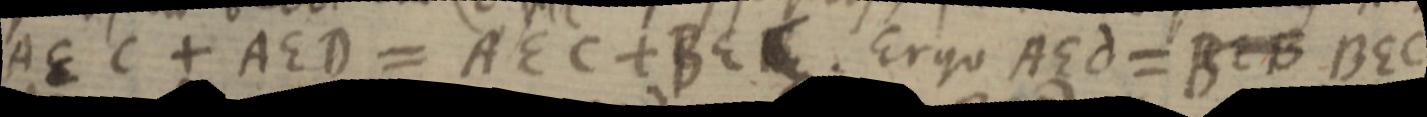
AEC + AED = AEC + BEC. Ergo AEd = BEB BEC